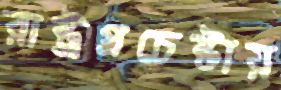
রাষ্ট্রপ্রচেষ্টায়